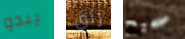
يبدو زلق صحيح